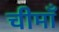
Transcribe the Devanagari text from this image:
चीमाँ